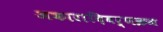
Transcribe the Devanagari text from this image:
अकारादिवर्णक्रम